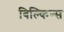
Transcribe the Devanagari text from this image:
बिल्किन्स